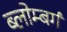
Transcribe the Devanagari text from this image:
ब्लोम्बर्ग